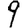
Digit: 9